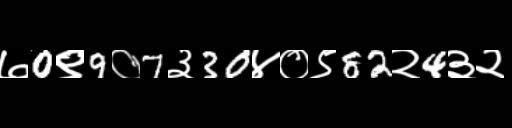
Text: ७0९9०7३30४०९82२4३२